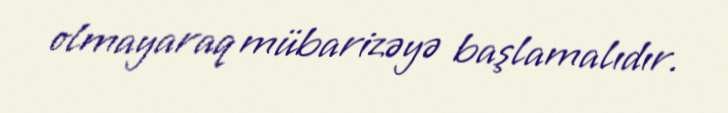
olmayaraq mübarizəyə başlamalıdır.